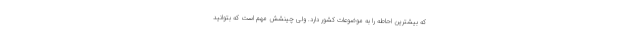
که بیشترین احاطه را به موضوعات کشور دارد. ولی چینشش مهم است که بتوانید